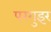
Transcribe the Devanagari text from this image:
परगुइर